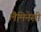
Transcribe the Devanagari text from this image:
लैमिनेसी